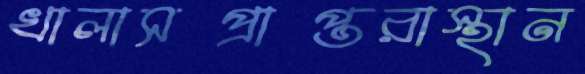
খালাসপ্রাপ্তরাস্থান